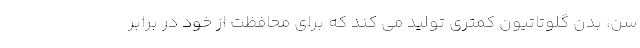
سن، بدن گلوتاتیون کمتری تولید می کند که برای محافظت از خود در برابر